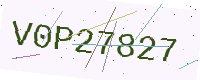
Text: V0P27827